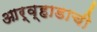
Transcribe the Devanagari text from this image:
आर्व्हाडाची